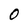
Character: O